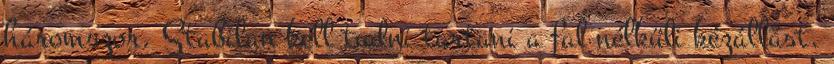
háromszor. Stabilan kell tudni tartani a fal nélküli kézállást.